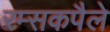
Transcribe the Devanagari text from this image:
रम्सकपैले